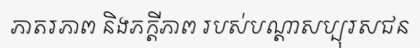
ភាតរភាព និងភក្តីភាព របស់បណ្តាសប្បុរសជន